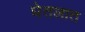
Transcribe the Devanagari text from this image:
घेतलात